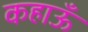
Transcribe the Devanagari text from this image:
कहाऊँ